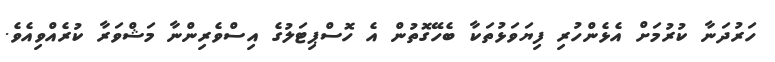
ހަރުދަނާ ކުރުމަށް އެޅެންހުރި ފިޔަވަޅުތަކާ ބެހޭގޮތުން އެ ހޮސްޕިޓަލުގެ އިސްވެރިންނާ މަޝްވަރާ ކުރެއްވިއެވެ.